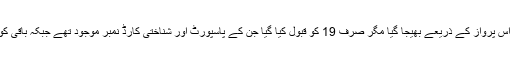
یورپی یونین کے بیان کے مطابق پچاس افراد کو اس پرواز کے ذریعے بھیجا گیا مگر صرف 19 کو قبول کیا گیا جن کے پاسپورٹ اور شناختی کارڈ نمبر موجود تھے جبکہ باقی کو غیر تصدیق شدہ قرار دے کر واپس بھیج دیا گیا۔